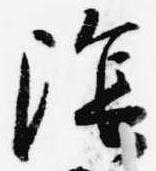
陰